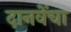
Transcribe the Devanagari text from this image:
दानवेंचा